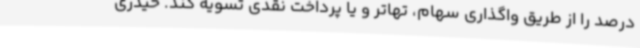
درصد را از طریق واگذاری سهام، تهاتر و یا پرداخت نقدی تسویه کند. حیدری